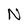
Character: N